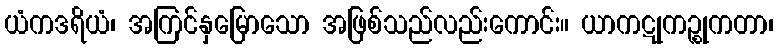
ယံကဒရိယံ၊ အကြင်နှမြောသော အဖြစ်သည်လည်းကောင်း။ ယာကဋုကဉ္စုကတာ၊